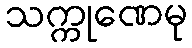
သက္ကုဏေမု